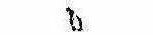
ゝ